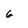
Character: 6